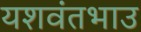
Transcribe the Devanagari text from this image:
यशवंतभाउ